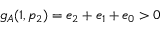
g _ { A } ( 1 , p _ { 2 } ) = e _ { 2 } + e _ { 1 } + e _ { 0 } > 0